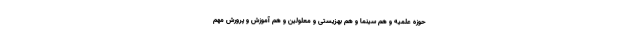
حوزه علمیه و هم سینما و هم بهزیستی و معلولین و هم آموزش و پرورش مهم